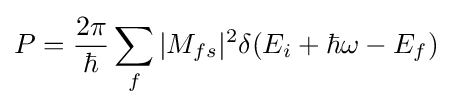
P={\frac {2\pi }{\hbar }}\sum _{f}|M_{fs}|^{2}\delta (E_{i}+\hbar \omega -E_{f})